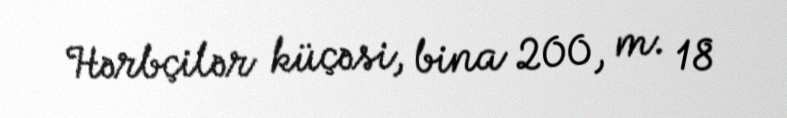
Hərbçilər küçəsi, bina 200, m. 18